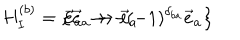
H _ { I } ^ { ( b ) } = \left\{ \vec { e } _ { a } \rightarrow \vec { e } _ { a } \hspace { 0 . 3 c m } , \hspace { 0 . 3 c m } \vec { e } _ { a } \rightarrow - ( - 1 ) ^ { \delta _ { b a } } \vec { e } _ { a } \right\}